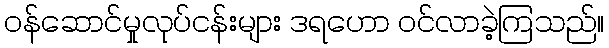
ဝန်ဆောင်မှုလုပ်ငန်းများ ဒရဟော ဝင်လာခဲ့ကြသည်။